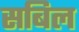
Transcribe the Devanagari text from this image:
सबिल